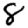
Digit: 8